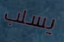
يسلب